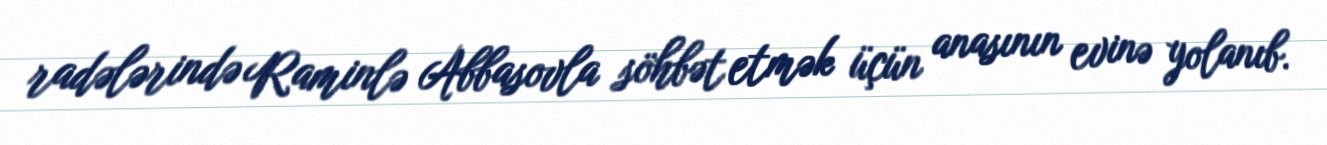
radələrində Raminlə Abbasovla söhbət etmək üçün anasının evinə yolanıb.